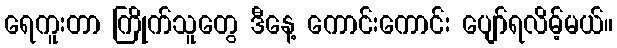
ရေကူးတာ ကြိုက်သူတွေ ဒီနေ့ ကောင်းကောင်း ပျော်ရလိမ့်မယ်။